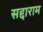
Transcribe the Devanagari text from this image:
सद्दाराम